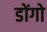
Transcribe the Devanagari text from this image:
डोंगो